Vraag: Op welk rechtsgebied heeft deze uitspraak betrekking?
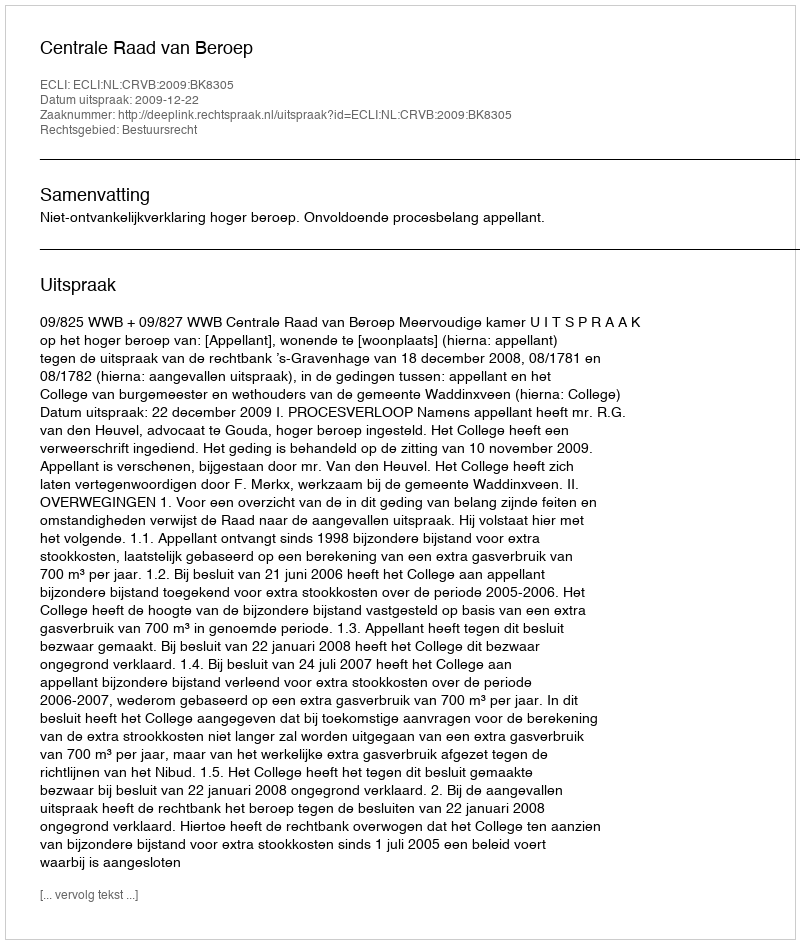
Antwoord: Bestuursrecht